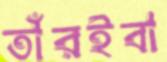
তাঁরইবা